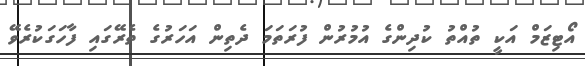
އޯޓިޒަމް އަކީ ތުއްތު ކުދިންގެ އުމުރުން ފުރަތަމަ ދެތިން އަހަރުގެ ތެރޭގައި ފާހަގަކުރެވޭ